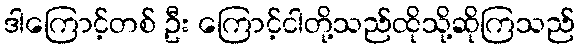
ဒါကြောင့်တစ် ဦး ကြောင့်ငါတို့သည်ထိုသို့ဆိုကြသည်